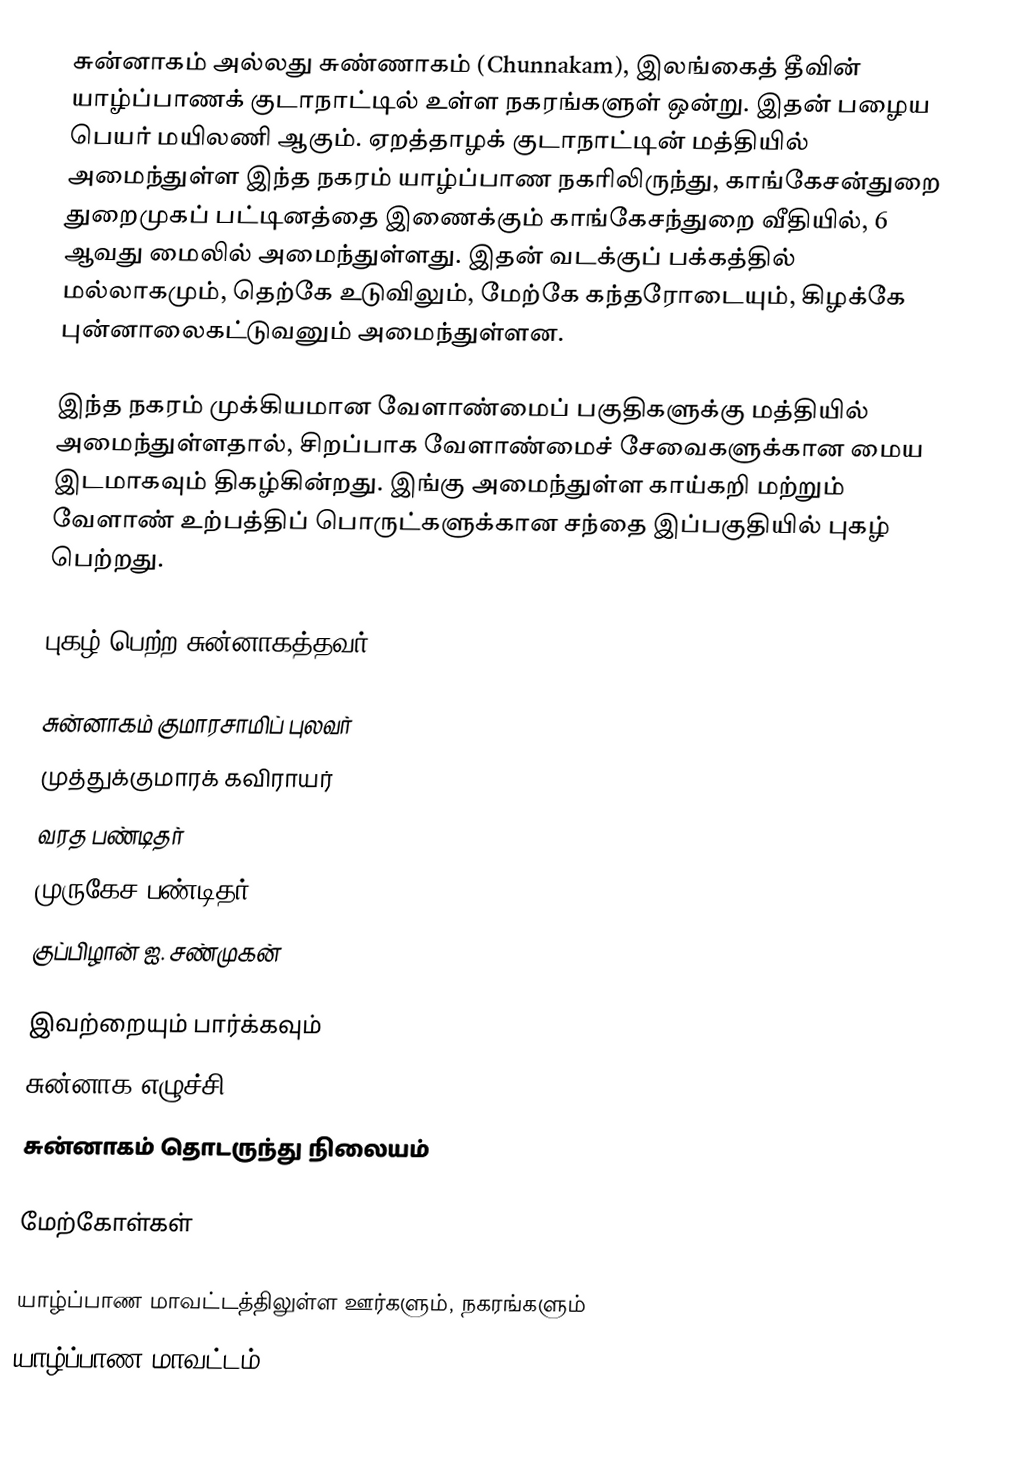
சுன்னாகம் அல்லது சுண்ணாகம் (Chunnakam), இலங்கைத் தீவின் யாழ்ப்பாணக் குடாநாட்டில் உள்ள நகரங்களுள் ஒன்று. இதன் பழைய பெயர் மயிலணி ஆகும். ஏறத்தாழக் குடாநாட்டின் மத்தியில் அமைந்துள்ள இந்த நகரம் யாழ்ப்பாண நகரிலிருந்து, காங்கேசன்துறை துறைமுகப் பட்டினத்தை இணைக்கும் காங்கேசந்துறை வீதியில், 6 ஆவது மைலில் அமைந்துள்ளது. இதன் வடக்குப் பக்கத்தில் மல்லாகமும், தெற்கே உடுவிலும், மேற்கே கந்தரோடையும், கிழக்கே புன்னாலைகட்டுவனும் அமைந்துள்ளன.

இந்த நகரம் முக்கியமான வேளாண்மைப் பகுதிகளுக்கு மத்தியில் அமைந்துள்ளதால், சிறப்பாக வேளாண்மைச் சேவைகளுக்கான மைய இடமாகவும் திகழ்கின்றது. இங்கு அமைந்துள்ள காய்கறி மற்றும் வேளாண் உற்பத்திப் பொருட்களுக்கான சந்தை இப்பகுதியில் புகழ் பெற்றது.

புகழ் பெற்ற சுன்னாகத்தவர்

 சுன்னாகம் குமாரசாமிப் புலவர்
 முத்துக்குமாரக் கவிராயர்
 வரத பண்டிதர்
 முருகேச பண்டிதர்
 குப்பிழான் ஐ. சண்முகன்

இவற்றையும் பார்க்கவும்
 சுன்னாக எழுச்சி
 சுன்னாகம் தொடருந்து நிலையம்

மேற்கோள்கள்

யாழ்ப்பாண மாவட்டத்திலுள்ள ஊர்களும், நகரங்களும்
யாழ்ப்பாண மாவட்டம்